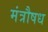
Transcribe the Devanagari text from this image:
मंत्रौषध